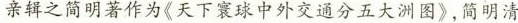
亲辑之简明著作为《天下寰球中外交通分五大洲图》，简明清